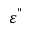
\varepsilon ^ { " }